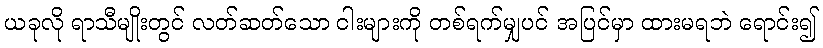
ယခုလို ရာသီမျိုးတွင် လတ်ဆတ်သော ငါးများကို တစ်ရက်မျှပင် အပြင်မှာ ထားမရဘဲ ရောင်း၍